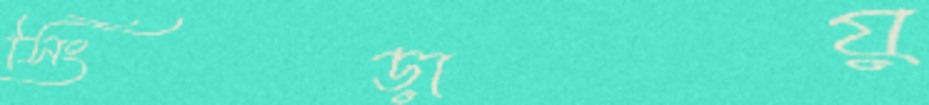
সিংড়ায়